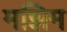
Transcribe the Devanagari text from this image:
मझिम